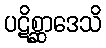
ပဋိစ္ဆာဒေသိ